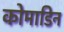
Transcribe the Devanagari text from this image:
कोमाडिन